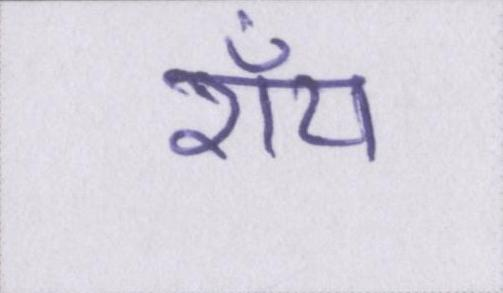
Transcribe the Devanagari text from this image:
रॉय